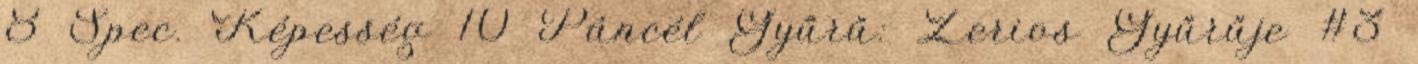
8 Spec. Képesség 10 Páncél Gyűrű: Zerios Gyűrűje #3